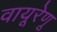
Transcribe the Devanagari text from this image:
वायूरेणू